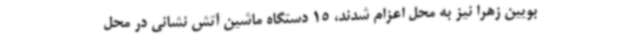
بویین زهرا نیز به محل اعزام شدند، 15 دستگاه ماشین آتش نشانی در محل